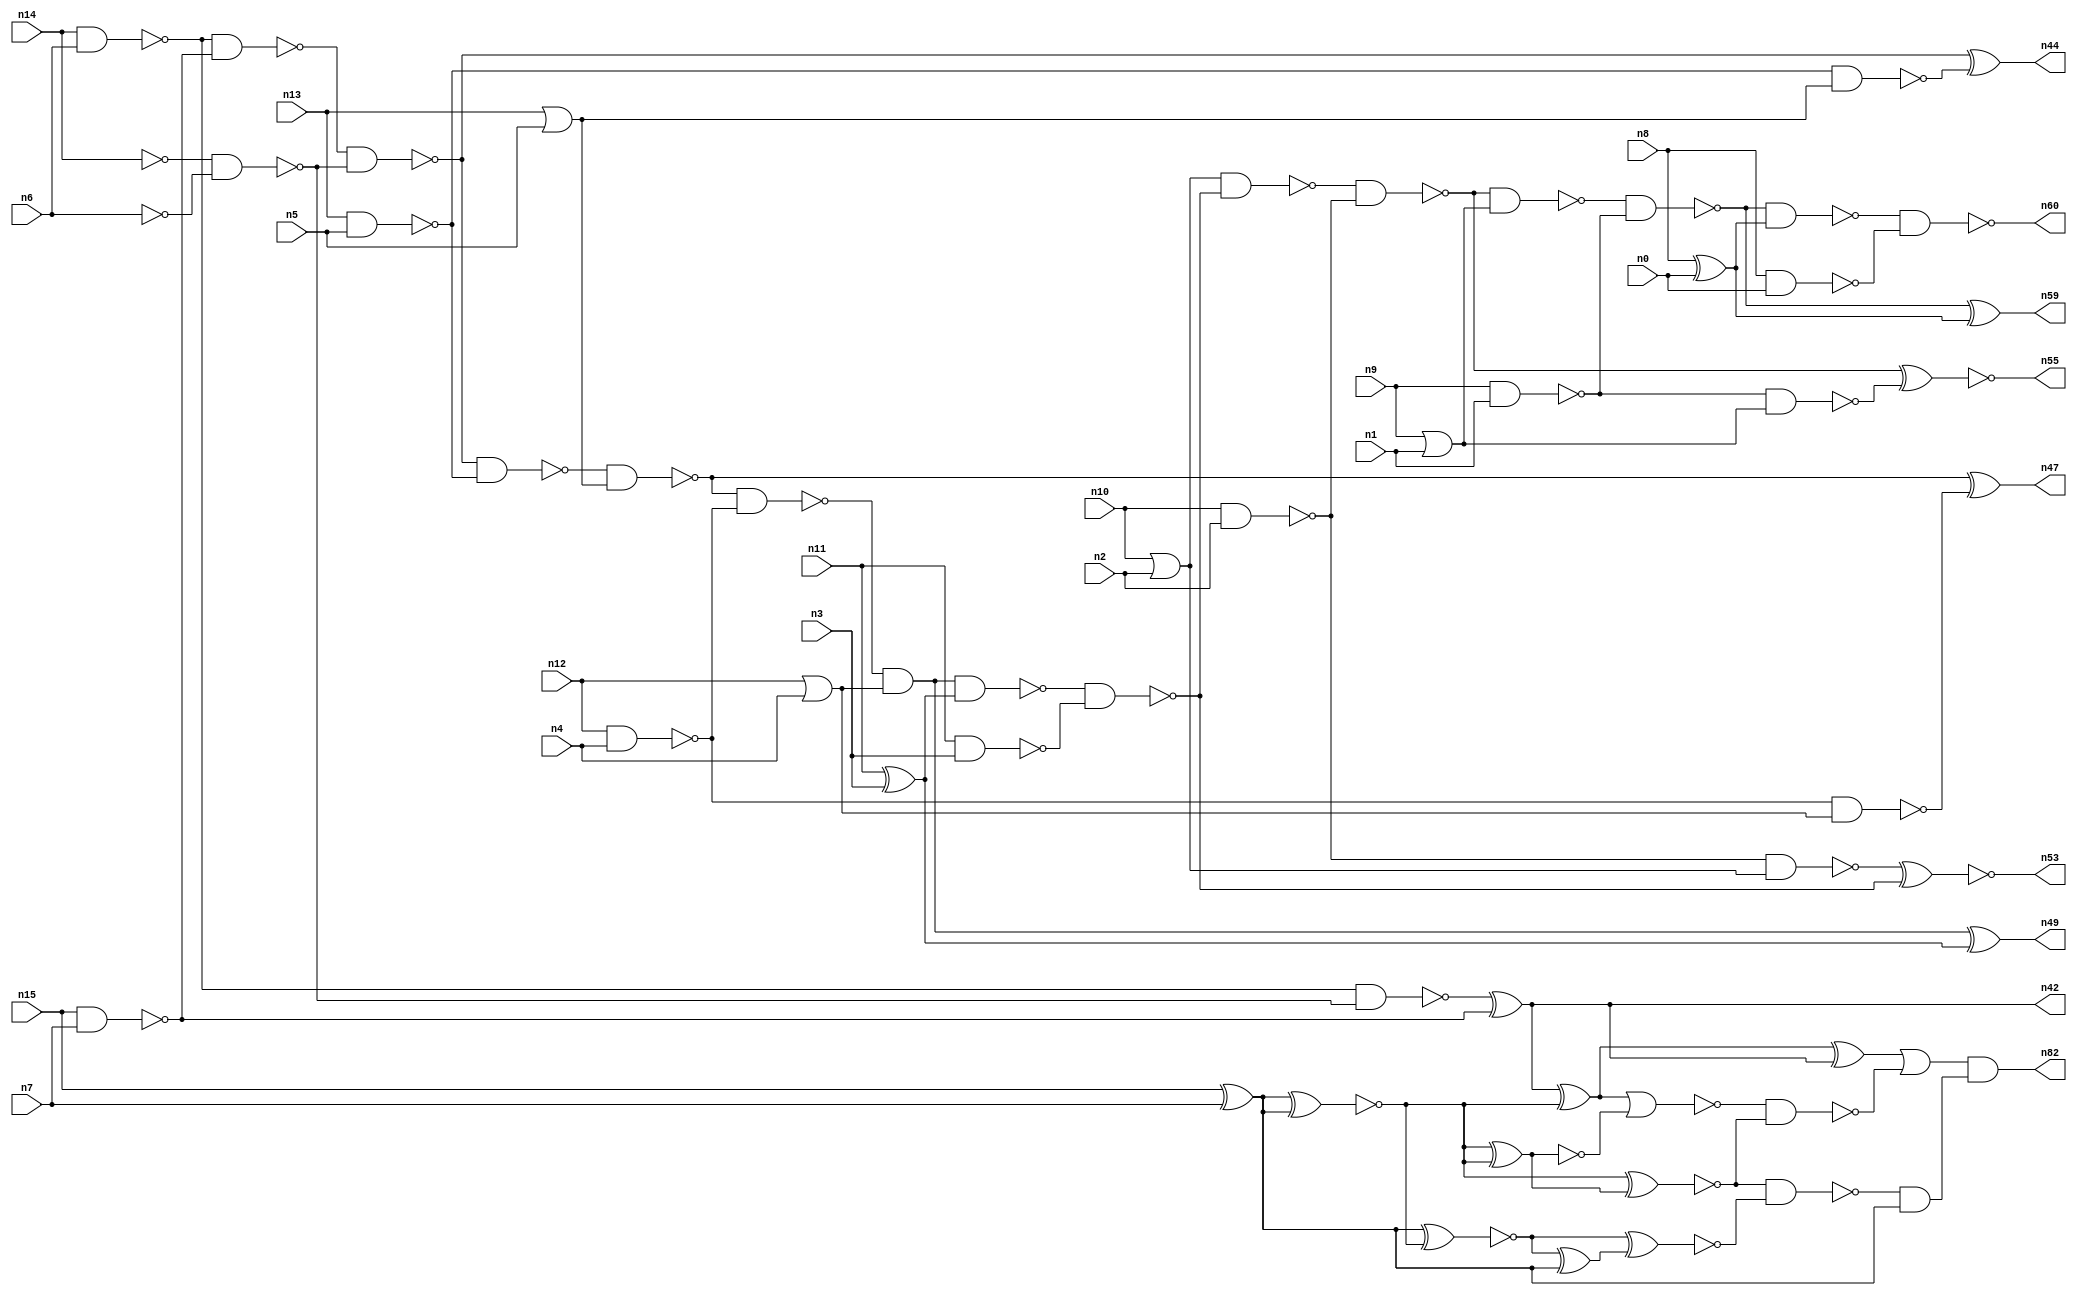
// This program was cloned from: https://github.com/umar-afzaal/ReCkt
// License: MIT License

// This file contains a pareto-optimal circuit with respect to pdp and the fault-resilince parameter p_fault which is defined as:
// "For all input vectors, the ratio of the no. of faults observable at the POs to the no. of total possible faults in the circuit".
// This code is part of the ReCkt library (https://github.com/umar-afzaal/ReCkt) distributed under The MIT License.
// When used, please cite the following article(s):
// U. Afzaal, A.S. Hassan, M. Usman and J.A. Lee, "On the Evolutionary Synthesis of Increased Fault-resilience Arithmetic Circuits".

// p_fault = 76.7 %    (Lower is better)
// gates = 61.0
// levels = 15
// area = 78.94    (For MCNC library relative to nand2)
// power = 414.7 uW    (Berkely-SIS for MCNC library @ Vdd=5V and 20 MHz clock)
// delay = 15.9 ns    (Berkely-ABC for MCNC library)
// PDP = 6.59373e-12 J

// Pin mapping:
// {n0, n1, n2, n3, n4, n5, n6, n7} = A[7:0]
// {n8, n9, n10, n11, n12, n13, n14, n15} = B[7:0]
// {n60, n59, n55, n53, n49, n47, n44, n42, n82} = O[8:0]

module addr8u_pdp_21 (
n0, n1, n2, n3, n4, n5, n6, n7, n8, n9, n10, n11, n12, n13, n14, n15, 
n60, n59, n55, n53, n49, n47, n44, n42, n82
);

input n0, n1, n2, n3, n4, n5, n6, n7, n8, n9, n10, n11, n12, n13, n14, n15;
output n60, n59, n55, n53, n49, n47, n44, n42, n82;
wire n30, n24, n52, n61, n46, n63, n68, n69, n79, n18, n74, n17, n65, n51, n45, n36, n20, n37, n56, n23, 
n16, n40, n48, n62, n66, n21, n25, n41, n54, n67, n27, n33, n28, n58, n22, n38, n39, n57, n71, n31, 
n70, n19, n34, n32, n26, n50, n77, n43, n29, n64, n72, n35;

nand (n16, n9, n1);
not (n17, n6);
or (n18, n12, n4);
xor (n19, n8, n0);
or (n20, n10, n2);
xor (n21, n11, n3);
nor (n22, n9, n1);
nand (n23, n12, n4);
nand (n24, n14, n6);
nand (n25, n15, n7);
xor (n26, n15, n7);
not (n27, n14);
nand (n28, n11, n3);
nand (n29, n10, n2);
or (n30, n13, n5);
nand (n31, n13, n5);
nand (n32, n8, n0);
nand (n33, n23, n18);
nand (n34, n27, n17);
not (n35, n22);
nand (n36, n31, n30);
nand (n37, n24, n25);
nand (n38, n29, n20);
nand (n39, n37, n34);
nand (n40, n24, n34);
nand (n41, n16, n35);
xor (n42, n40, n25);
nand (n43, n39, n31);
xor (n44, n39, n36);
nand (n45, n43, n30);
nand (n46, n45, n23);
xor (n47, n45, n33);
and (n48, n46, n18);
xor (n49, n48, n21);
nand (n50, n48, n21);
nand (n51, n50, n28);
nand (n52, n20, n51);
xnor (n53, n38, n51);
nand (n54, n52, n29);
xnor (n55, n54, n41);
nand (n56, n54, n35);
nand (n57, n56, n16);
nand (n58, n57, n19);
xor (n59, n57, n19);
nand (n60, n58, n32);
xnor (n61, n26, n26);
xnor (n62, n26, n26);
xor (n63, n61, n61);
xnor (n64, n26, n61);
xnor (n65, n62, n63);
xor (n66, n64, n26);
xnor (n67, n64, n66);
xor (n68, n42, n62);
nor (n69, n63, n63);
nand (n70, n65, n67);
nor (n71, n68, n69);
and (n72, n70, n26);
xor (n74, n68, n42);
nand (n77, n71, n65);
or (n79, n74, n77);
and (n82, n79, n72);

endmodule